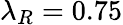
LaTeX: \lambda_{R}=0.75